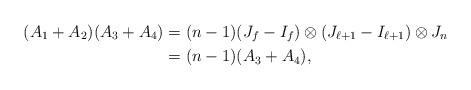
LaTeX: \begin{align*}(A_1+A_2)(A_3+A_4)&=(n -1)(J_f-I_f)\otimes(J_{\ell+1}-I_{\ell+1}) \otimes J_n\\&=(n-1)(A_3+A_4),\end{align*}